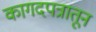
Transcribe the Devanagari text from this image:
कागदपत्रातून